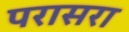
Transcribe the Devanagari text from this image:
परासरा